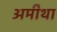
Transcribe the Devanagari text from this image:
अमीथा